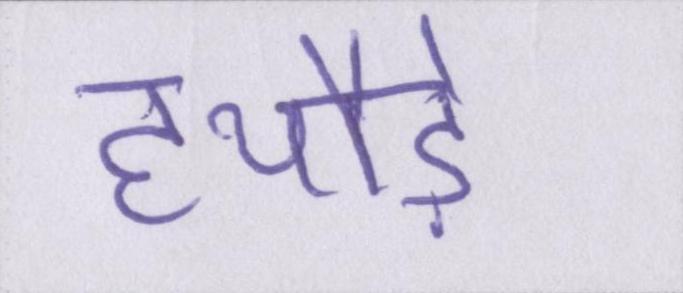
हथौड़े